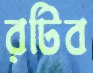
রটিব